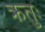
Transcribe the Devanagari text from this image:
क्रतुः